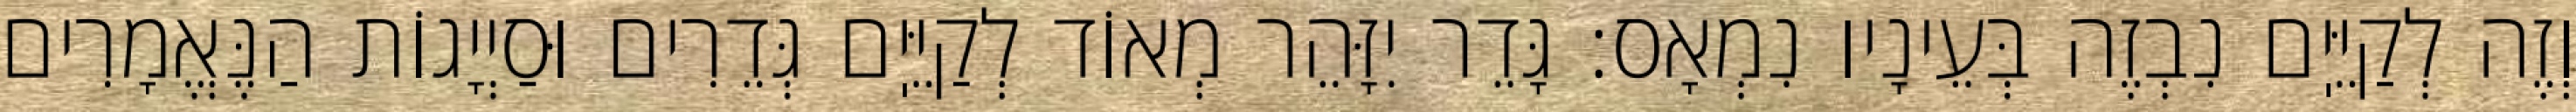
וְזֶה לְקַיֵּיֽם נִבְזֶה בְּעֵינָיו נִמְאָס: גָּדֵר יִזָּהֵר מְאוֹד לְקַיֵּיֽם גְּדֵרִים וּסַיְיָגוֹת הַנֶּאֱמָרִים